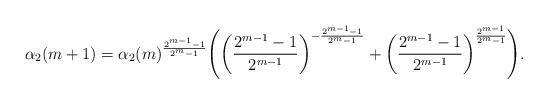
LaTeX: \begin{align*}\alpha_2(m+1)=\alpha_2(m)^{\frac{2^{m-1}-1}{2^m-1}}\Bigg(\bigg(\frac{2^{m-1}-1}{2^{m-1}}\bigg)^{-\frac{2^{m-1}-1}{2^m-1}}+\bigg(\frac{2^{m-1}-1}{2^{m-1}}\bigg)^{\frac{2^{m-1}}{2^m-1}}\Bigg).\end{align*}